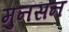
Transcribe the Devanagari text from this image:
मुनसन